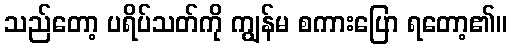
သည်တော့ ပရိပ်သတ်ကို ကျွန်မ စကားပြော ရတော့၏။